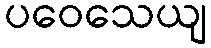
ပဝေသေယျ